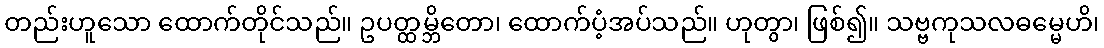
တည်းဟူသော ထောက်တိုင်သည်။ ဥပတ္ထမ္ဘိတော၊ ထောက်ပံ့အပ်သည်။ ဟုတွာ၊ ဖြစ်၍။ သဗ္ဗကုသလဓမ္မေဟိ၊